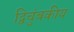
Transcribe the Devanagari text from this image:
द्विचुंबकीय